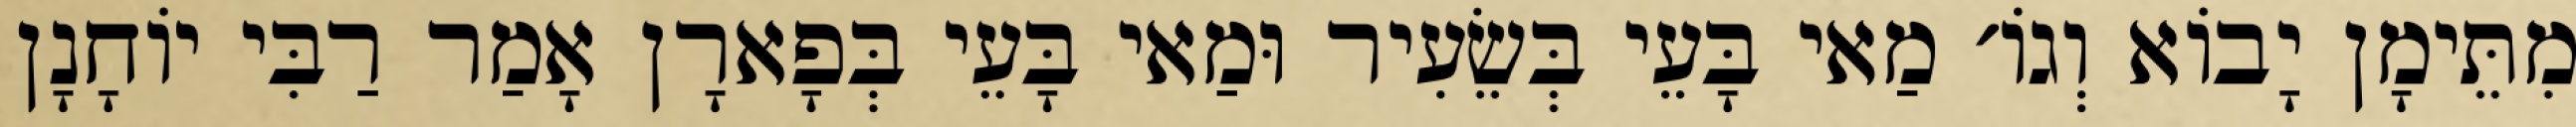
מִתֵּימָן יָבוֹא וְגוֹ׳ מַאי בָּעֵי בְּשֵׂעִיר וּמַאי בָּעֵי בְּפָארָן אָמַר רַבִּי יוֹחָנָן